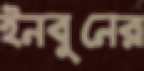
ইনবুনের